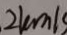
2 k m / s